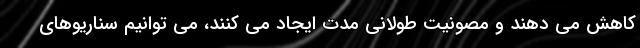
کاهش می دهند و مصونیت طولانی مدت ایجاد می کنند، می توانیم سناریوهای